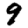
Digit: 9